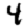
Digit: 4